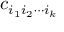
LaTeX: c _ { i _ { 1 } i _ { 2 } \cdots i _ { k } }